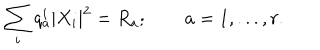
LaTeX: \sum _ { i } q _ { a } ^ { i } | X _ { i } | ^ { 2 } = R _ { a } ; \qquad a = 1 , . . . , r .